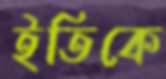
ইতিকে